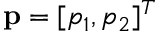
{ \bf p } = [ p _ { 1 } , p _ { 2 } ] ^ { T }